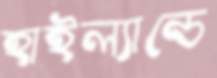
হাইল্যান্ডে